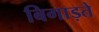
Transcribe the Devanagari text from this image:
बिगाड़ते